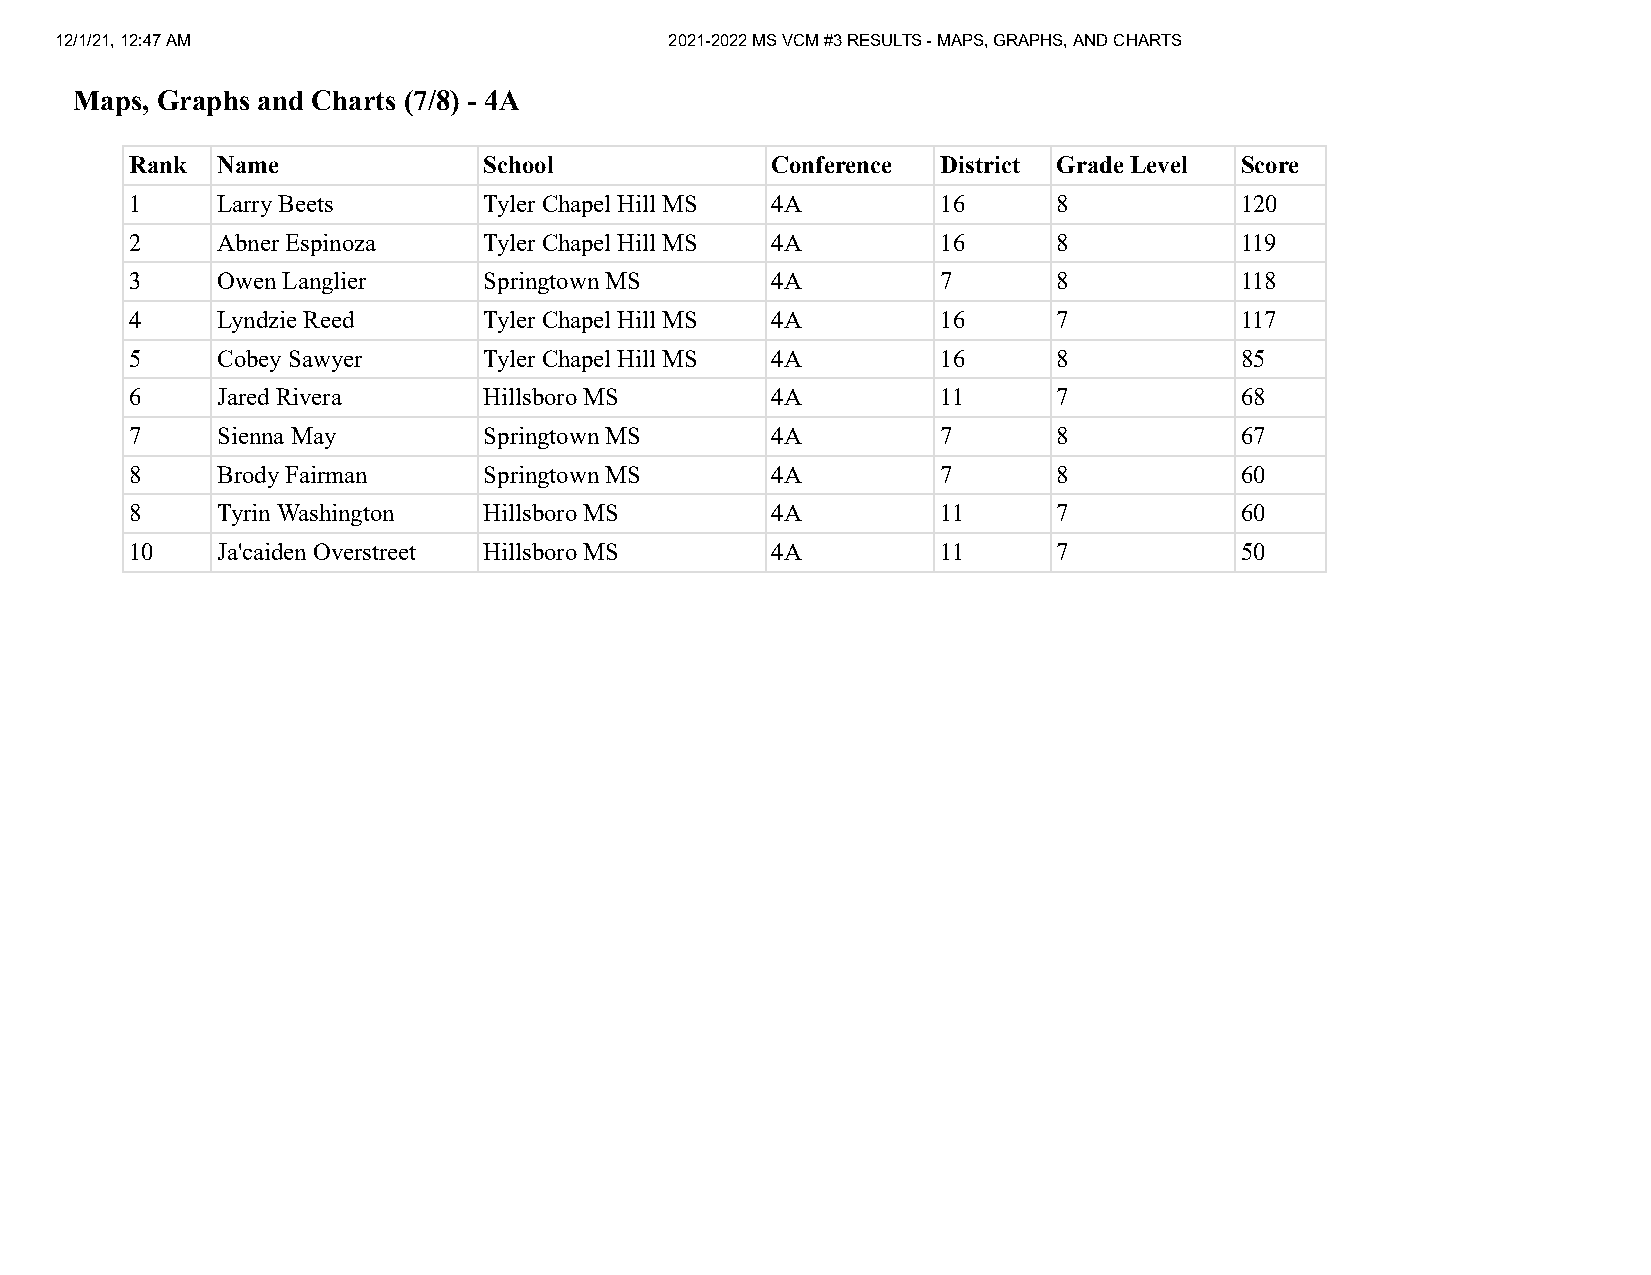
12/1/21, 12:47 AM                       2021-2022 MS VCM #3 RESULTS - MAPS, GRAPHS, AND CHARTS
 Maps, Graphs and Charts (7/8) - 4A
 Rank Name              School             Conference District Grade Level Score
 1    Larry Beets       Tyler Chapel Hill MS 4A       16      8           120
 2    Abner Espinoza    Tyler Chapel Hill MS 4A       16      8           119
 3    Owen Langlier     Springtown MS      4A         7       8           118
 4    Lyndzie Reed      Tyler Chapel Hill MS 4A       16      7           117
 5    Cobey Sawyer      Tyler Chapel Hill MS 4A       16      8           85
 6    Jared Rivera      Hillsboro MS       4A         11      7           68
 7    Sienna May        Springtown MS      4A         7       8           67
 8    Brody Fairman     Springtown MS      4A         7       8           60
 8    Tyrin Washington  Hillsboro MS       4A         11      7           60
 10   Ja'caiden Overstreet Hillsboro MS    4A         11      7           50